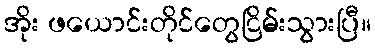
အိုး ဖယောင်းတိုင်တွေငြိမ်းသွားပြီ။